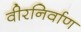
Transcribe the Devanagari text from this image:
वीरनिर्वाण